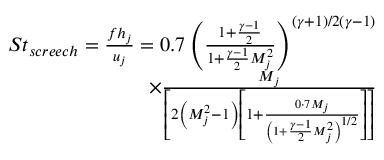
\begin{array} { r } { S t _ { s c r e e c h } = \frac { f h _ { j } } { u _ { j } } = 0 . 7 \left( \frac { 1 + \frac { \gamma - 1 } { 2 } } { 1 + \frac { \gamma - 1 } { 2 } M _ { j } ^ { 2 } } \right) ^ { ( \gamma + 1 ) / 2 ( \gamma - 1 ) } } \\ { \times \frac { M _ { j } } { \left[ 2 \left( M _ { j } ^ { 2 } - 1 \right) \left[ 1 + \frac { 0 \cdot 7 M _ { j } } { \left( 1 + \frac { \gamma - 1 } { 2 } M _ { j } ^ { 2 } \right) ^ { 1 / 2 } } \right] \right] } } \end{array}